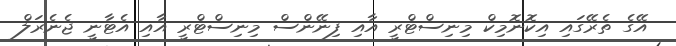
އޭގެ ތެރޭގައި އިކޮނޮމިކް މިނިސްޓްރީ އާއި ފިނޭންސް މިނިސްޓްރީ އާއި އެޓާނީ ޖެނެރަލް